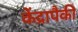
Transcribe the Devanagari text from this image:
केंद्रापैकी